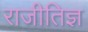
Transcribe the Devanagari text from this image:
राजीतिज्ञ